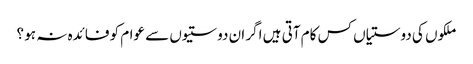
ملکوں کی دوستیاں کس کام آتی ہیں اگر ان دوستیوں سے عوام کو فائدہ نہ ہو ؟